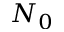
N _ { 0 }